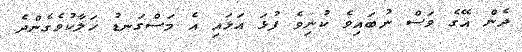
ދެން އޭގެ ވަސް ނުބައިވެ ކުނިވެ ފުޅަ އަޅައި އެ މަސްގަނޑު ހަލާކުވެގެންދެ